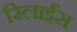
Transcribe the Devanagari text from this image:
रिलाईंस